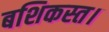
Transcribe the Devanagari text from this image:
बशिकस्त।